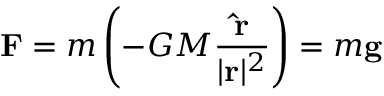
\mathbf { F } = m \left( - G M { \frac { \mathbf { \hat { r } } } { | \mathbf { r } | ^ { 2 } } } \right) = m \mathbf { g }